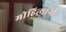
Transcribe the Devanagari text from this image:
मोहित्यांनी